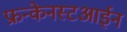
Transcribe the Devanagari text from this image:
फ्रन्केनस्टआईन